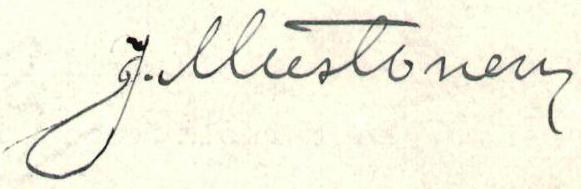
J.Uustonen